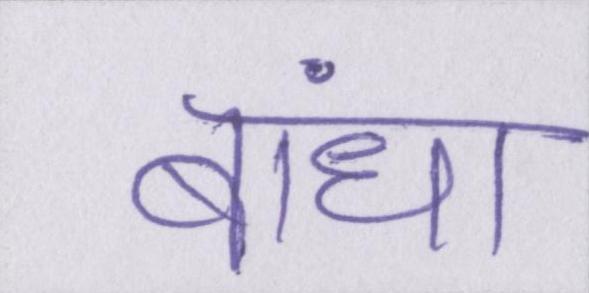
बांधा